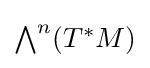
\textstyle {\bigwedge }^{n}(T^{*}M)